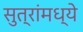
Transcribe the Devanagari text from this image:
सुत्रांमध्ये